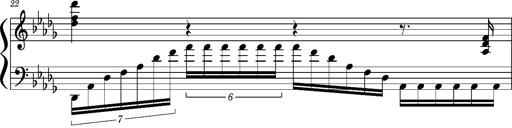
Title: Concerto sans orchestre, S.524a
Composer: Franz Liszt
Key: A major